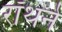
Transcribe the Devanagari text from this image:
रॉथने